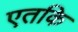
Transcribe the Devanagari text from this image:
एतकि